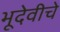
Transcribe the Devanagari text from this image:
भूदेवीचे